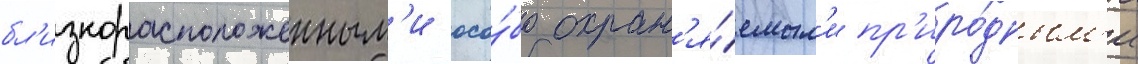
бл'изкорасположенным'и осо́бо охран'я́емым'и пр'иро́дным'и